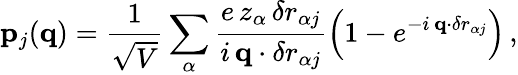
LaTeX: {\mathbf p}_{j}({\mathbf q})=\frac{1}{\sqrt{V}}\sum_{\alpha}\frac{e\, z_{\alpha}\, {\mathbf\delta r}_{\alpha j}}{i\, {\mathbf q}\cdot{\mathbf\delta r}_{\alpha j}}\left(1-e^{-i\, {\mathbf q}\cdot{\mathbf\delta r}_{\alpha j}}\right)\, ,